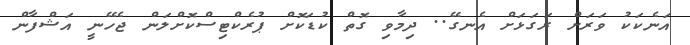
އަނެކަކު ވަރަށް ރަގަޅަށް އެނގޭ.. ދިމާވި ގޮތް ކުޑަކޮށް ޕުރެކްޓިސްކޮށްލަން ޖެހޭނީ އަޝްފާން